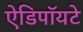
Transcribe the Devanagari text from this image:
ऐडिपॉयटे